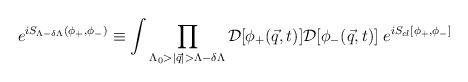
LaTeX: \begin{align*}e^{i S_{\Lambda - \delta \Lambda}(\phi_+,\phi_-)} \equiv \int \prod_{\Lambda_0>|{\vec q}| > \Lambda-\delta \Lambda} {\cal D}[\phi_+({\vec q},t)] {\cal D}[\phi_-({\vec q},t)] \; e^{i S_{cl}[\phi_+,\phi_-]}\end{align*}